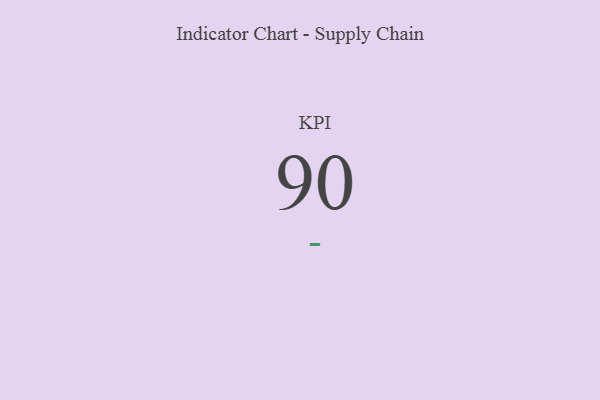
{"axis": {"x": "KPI", "y": "Value"}, "legend": [""], "data": [{"x": "KPI", "y": 90, "type": ""}]}